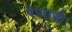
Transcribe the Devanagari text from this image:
पेपराज्जी